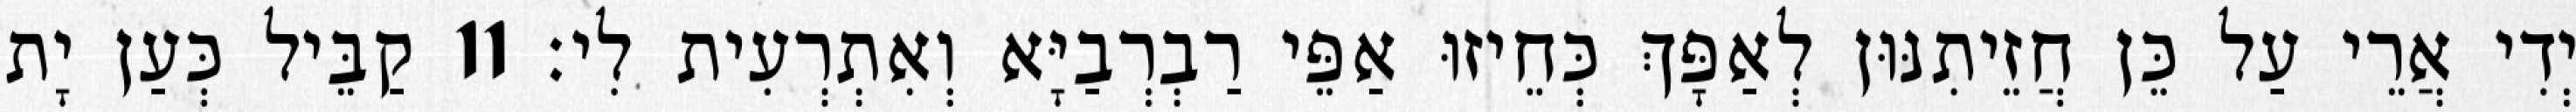
יְדִי אֲרֵי עַל כֵּן חֲזֵיתִנּוּן לְאַפָּךְ כְּחֵיזוּ אַפֵּי רַבְרְבַיָּא וְאִתְרְעִית לִי׃ 11 קַבֵּיל כְּעַן יָת